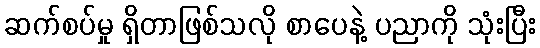
ဆက်စပ်မှု ရှိတာဖြစ်သလို စာပေနဲ့ ပညာကို သုံးပြီး